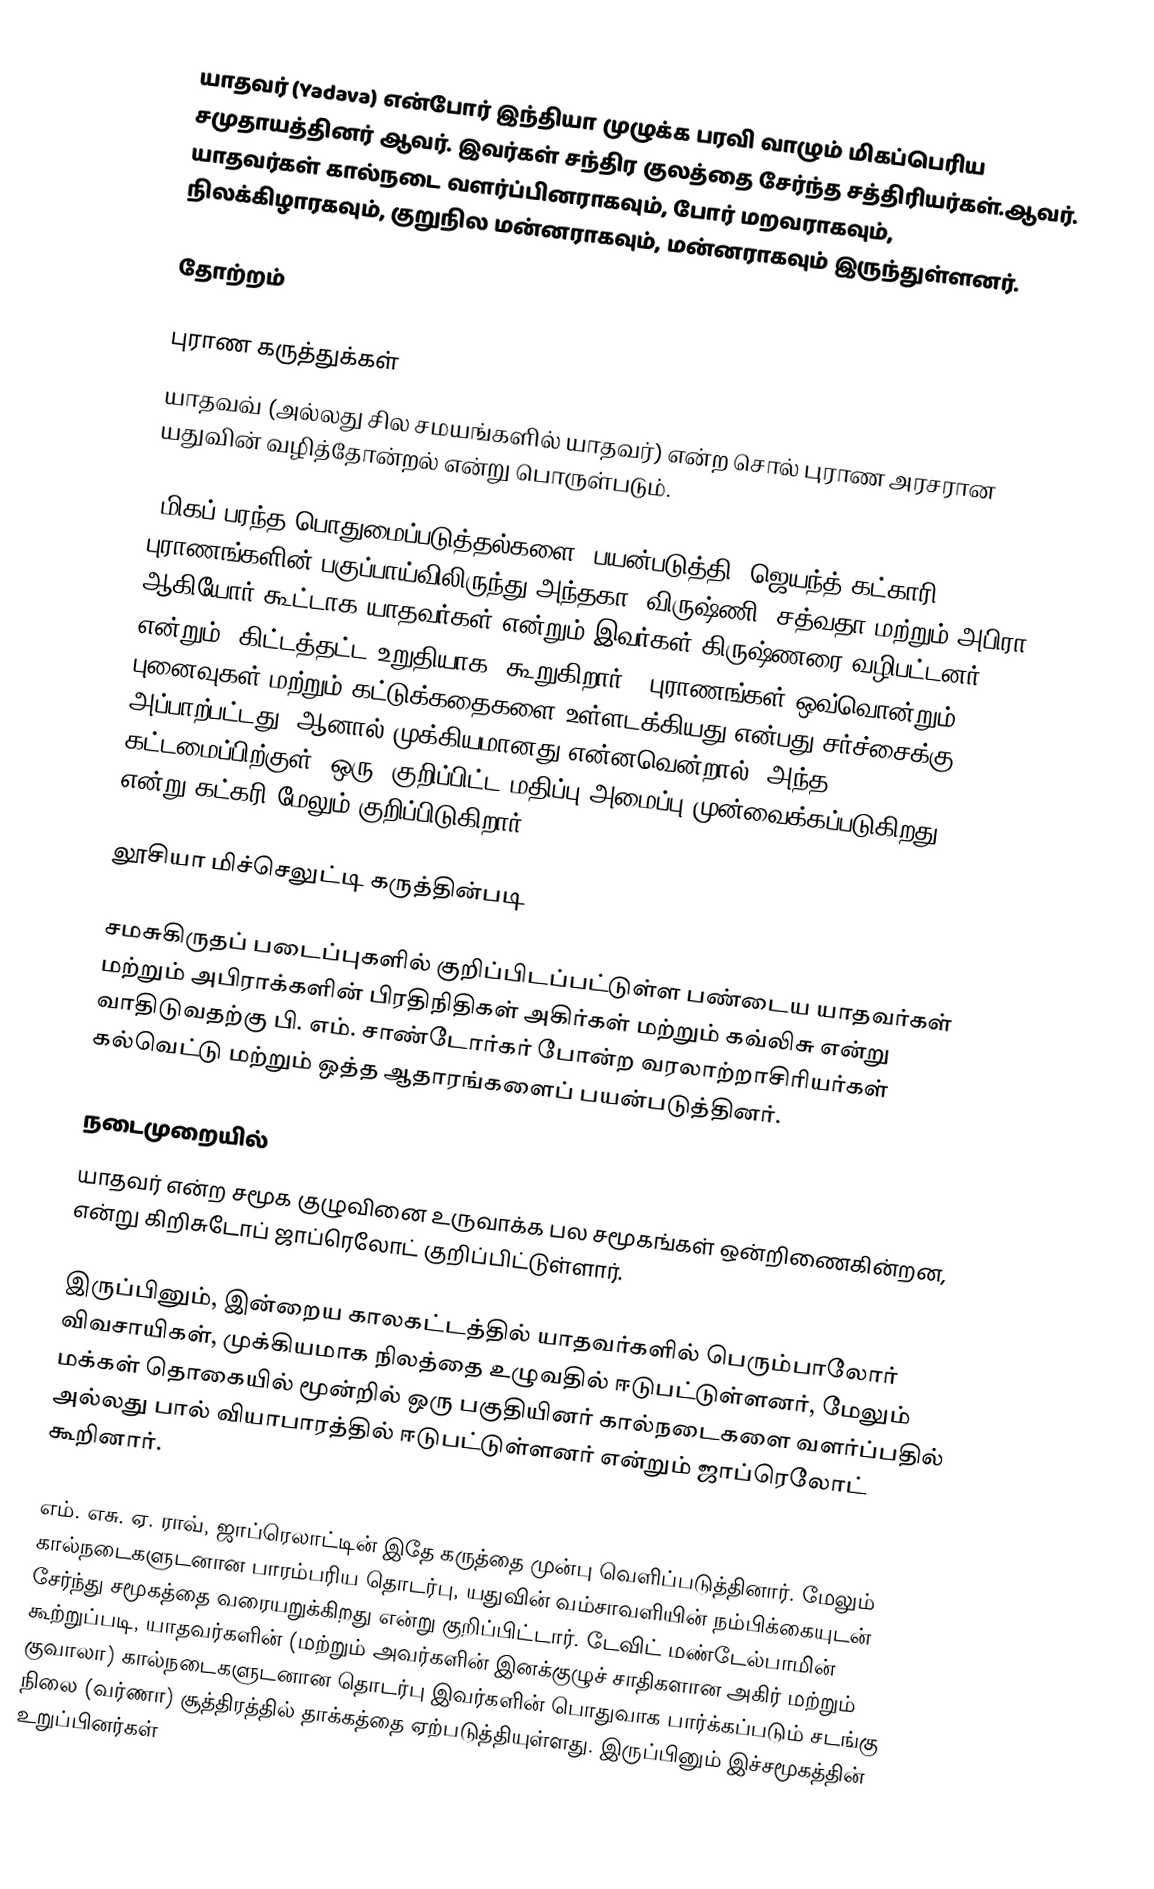
யாதவர் (Yadava) என்போர் இந்தியா முழுக்க பரவி வாழும் மிகப்பெரிய சமுதாயத்தினர் ஆவர்.  இவர்கள் சந்திர குலத்தை சேர்ந்த சத்திரியர்கள்.ஆவர். யாதவர்கள் கால்நடை வளர்ப்பினராகவும், போர் மறவராகவும், நிலக்கிழாரகவும், குறுநில மன்னராகவும், மன்னராகவும் இருந்துள்ளனர்.

தோற்றம்

புராண கருத்துக்கள்
யாதவவ் (அல்லது சில சமயங்களில் யாதவர்) என்ற சொல் புராண அரசரான யதுவின் வழித்தோன்றல் என்று பொருள்படும்.

"மிகப் பரந்த பொதுமைப்படுத்தல்களை" பயன்படுத்தி, ஜெயந்த் கட்காரி புராணங்களின் பகுப்பாய்விலிருந்து அந்தகா, விருஷ்ணி, சத்வதா மற்றும் அபிரா ஆகியோர் கூட்டாக யாதவர்கள் என்றும் இவர்கள் கிருஷ்ணரை வழிபட்டனர் என்றும் "கிட்டத்தட்ட உறுதியாக" கூறுகிறார். "புராணங்கள் ஒவ்வொன்றும் புனைவுகள் மற்றும் கட்டுக்கதைகளை உள்ளடக்கியது என்பது சர்ச்சைக்கு அப்பாற்பட்டது. ஆனால் முக்கியமானது என்னவென்றால், அந்த கட்டமைப்பிற்குள் [ஒரு] குறிப்பிட்ட மதிப்பு அமைப்பு முன்வைக்கப்படுகிறது" என்று கட்கரி மேலும் குறிப்பிடுகிறார்.

லூசியா மிச்செலுட்டி கருத்தின்படி

சமசுகிருதப் படைப்புகளில் குறிப்பிடப்பட்டுள்ள பண்டைய யாதவர்கள் மற்றும் அபிராக்களின் பிரதிநிதிகள் அகிர்கள் மற்றும் கவ்லிசு என்று வாதிடுவதற்கு பி. எம். சாண்டோர்கர் போன்ற வரலாற்றாசிரியர்கள் கல்வெட்டு மற்றும் ஒத்த ஆதாரங்களைப் பயன்படுத்தினர்.

நடைமுறையில்
யாதவர் என்ற சமூக குழுவினை உருவாக்க பல சமூகங்கள் ஒன்றிணைகின்றன, என்று கிறிசுடோப் ஜாப்ரெலோட் குறிப்பிட்டுள்ளார்.

இருப்பினும், இன்றைய காலகட்டத்தில் யாதவர்களில் பெரும்பாலோர் விவசாயிகள், முக்கியமாக நிலத்தை உழுவதில் ஈடுபட்டுள்ளனர், மேலும் மக்கள் தொகையில் மூன்றில் ஒரு பகுதியினர் கால்நடைகளை வளர்ப்பதில் அல்லது பால் வியாபாரத்தில் ஈடுபட்டுள்ளனர் என்றும் ஜாப்ரெலோட் கூறினார்.

எம். எசு. ஏ. ராவ், ஜாப்ரெலாட்டின் இதே கருத்தை முன்பு வெளிப்படுத்தினார். மேலும் கால்நடைகளுடனான பாரம்பரிய தொடர்பு, யதுவின் வம்சாவளியின் நம்பிக்கையுடன் சேர்ந்து சமூகத்தை வரையறுக்கிறது என்று குறிப்பிட்டார். டேவிட் மண்டேல்பாமின் கூற்றுப்படி, யாதவர்களின் (மற்றும் அவர்களின் இனக்குழுச் சாதிகளான அகிர் மற்றும் குவாலா) கால்நடைகளுடனான தொடர்பு இவர்களின் பொதுவாக பார்க்கப்படும் சடங்கு நிலை (வர்ணா) சூத்திரத்தில் தாக்கத்தை ஏற்படுத்தியுள்ளது. இருப்பினும் இச்சமூகத்தின் உறுப்பினர்கள்